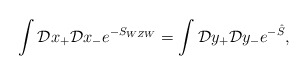
\begin{align*}\int {\cal D}x_+{\cal D}x_-e^{-S_{WZW}} = \int {\cal D}y_+{\cal D}y_- e^{-\hat{S}},\end{align*}